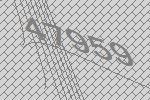
47959